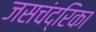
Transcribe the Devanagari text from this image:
जसचंद्रिका